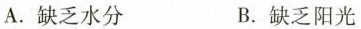
A.缺乏水分 B.缺乏阳光